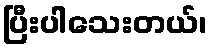
ပြီးပါသေးတယ်၊